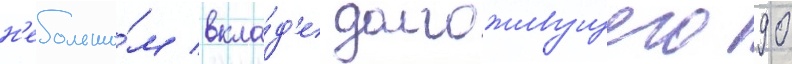
н'ебольшо́м вкла́д'е долгоживущего 90